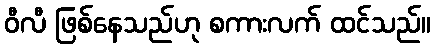
ဝီလီ ဖြစ်နေသည်ဟု စကားလက် ထင်သည်။